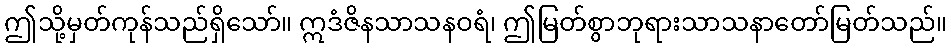
ဤသို့မှတ်ကုန်သည်ရှိသော်။ ဣဒံဇိနသာသနဝရံ၊ ဤမြတ်စွာဘုရားသာသနာတော်မြတ်သည်။